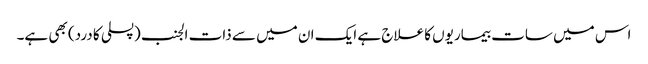
اس میں سات بیماریوں کا علاج ہے ایک ان میں سے ذات الجنب (پسلی کا درد) بھی ہے۔